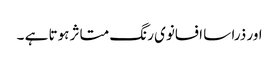
اور ذرا سا افسانوی رنگ متاثر ہوتا ہے ۔